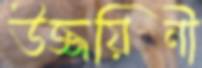
উজ্জয়িনী